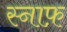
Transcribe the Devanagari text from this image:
स्नाफ़